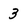
Character: 3